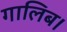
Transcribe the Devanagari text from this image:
गालिब।